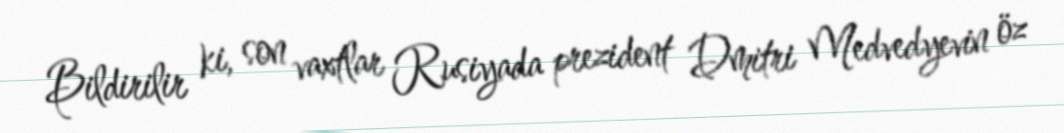
Bildirilir ki, son vaxtlar Rusiyada prezident Dmitri Medvedyevin öz